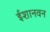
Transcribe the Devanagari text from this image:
ईशानवन